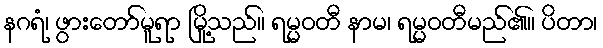
နဂရံ၊ ဖွားတော်မူရာ မြို့သည်။ ရမ္မဝတီ နာမ၊ ရမ္မဝတီမည်၏။ ပိတာ၊